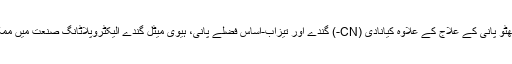
الیکٹروپلاٹانگ گندے ساخت بہت پیچیدہ ہے، نکھٹو پانی کے علاج کے علاوہ کیانادی (CN-) گندے اور تیزاب-اساس فضلے پانی، ہیوی میٹل گندے الیکٹروپلاٹانگ صنعت میں ممکنہ طور پر خطرناک فضلے پانی کا زمرہ ہے ۔